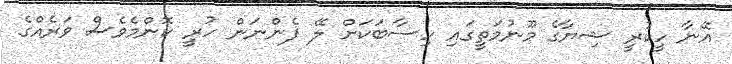
އޭނާ ހީކުރީ ޝިޔާގެ މޫނުމަތީގައި ހިސާބަކަށް ލޭ ފެންނަން ހުރީ ކޮންމެވެސް ވަރެއްގެ